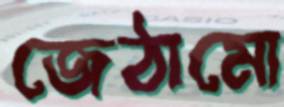
জেঠামো